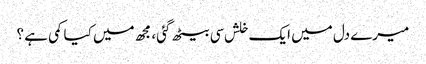
میرے دل میں ایک خلش سی بیٹھ گئی، مجھ میں کیا کمی ہے ؟